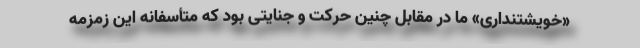
«خویشتنداری» ما در مقابل چنین حرکت و جنایتی بود که متأسفانه این زمزمه